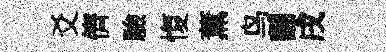
爻儕驗愎薫鸟翿戌